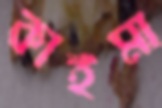
কাইমা